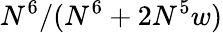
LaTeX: N^{6}/(N^{6}+2N^{5}w)